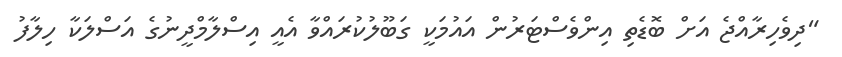
"ދިވެހިރާއްޖެ އަށް ބޮޑެތި އިންވެސްޓަރުން އައުމަކީ ގަބޫލުކުރައްވާ އެއީ އިސްލާމްދީނުގެ އަސްލަކާ ހިލާފު